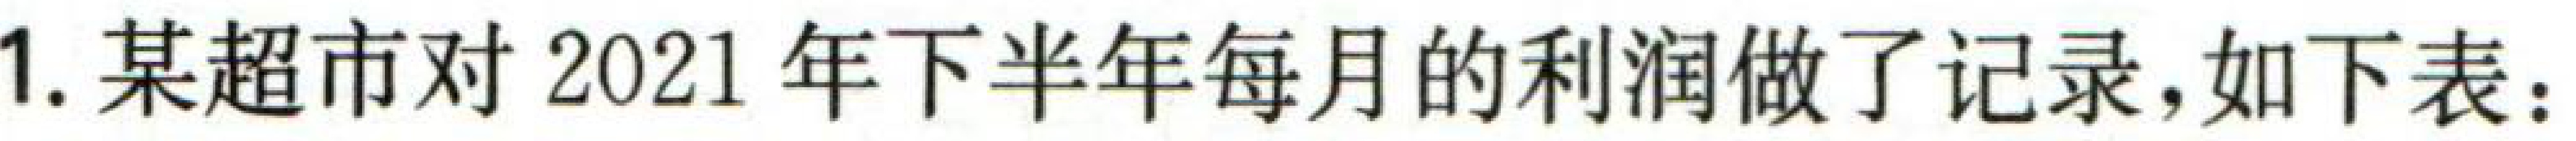
1. 某超市对 2021 年下半年每月的利润做了记录，如下表：